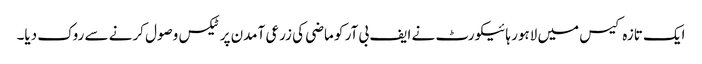
ایک تازہ کیس میں لاہور ہائیکورٹ نے ایف بی آر کو ماضی کی زرعی آمدن پر ٹیکس وصول کرنے سے روک دیا۔